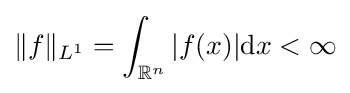
\|f\|_{L^{1}}=\int _{\mathbb {R} ^{n}}|f(x)|\mathrm {d} x<\infty